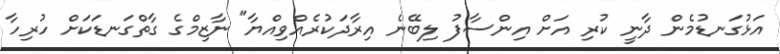
އަޅުގަނޑުމެން ދާނީ ކުރި އަށް އިންސާފު ލިބޭނެ އިރާދަކުރެއްވިއްޔާ" ނާޒިމްގެ ގާތްގަނޑަކަށް ހުރިހާ